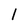
Character: l